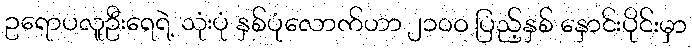
ဥရောပလူဦးရေရဲ့ သုံးပုံ နှစ်ပုံလောက်ဟာ ၂၁၀ဝ ပြည့်နှစ် နှောင်းပိုင်းမှာ